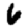
Digit: 6